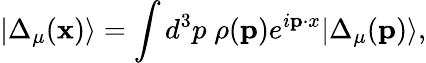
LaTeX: |\Delta_{\mu}({\mathbf x})\rangle=\int d^{3}p\; \rho({\mathbf p})e^{i{\mathbf p\cdot x}}|\Delta_{\mu}({\mathbf p})\rangle,